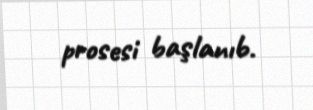
prosesi başlanıb.